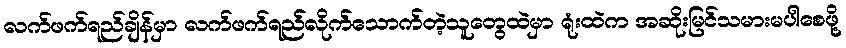
လက်ဖက်ရည်ချိန်မှာ လက်ဖက်ရည်လိုက်သောက်တဲ့သူတွေထဲမှာ ရုံးထဲက အဆိုးမြင်သမားမပါစေဖို့